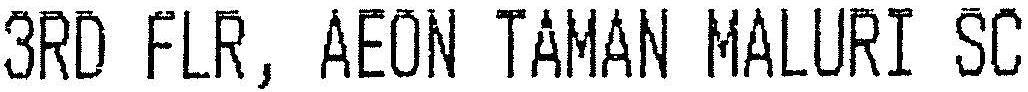
3RD FLR, AEON TAMAN MALURI SC